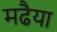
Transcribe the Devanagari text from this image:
मढैया